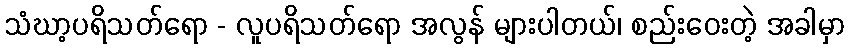
သံဃာ့ပရိသတ်ရော - လူပရိသတ်ရော အလွန် များပါတယ်၊ စည်းဝေးတဲ့ အခါမှာ